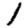
Digit: 1